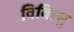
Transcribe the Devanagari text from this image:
विवित्सु